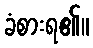
ခံစားရ၏။